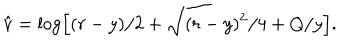
LaTeX: \hat { v } = \log \left[ ( r - y ) / 2 + \sqrt { ( r - y ) ^ { 2 } / 4 + Q / y } \right] .